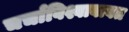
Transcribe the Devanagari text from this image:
चर्चाविश्वाबाबत